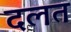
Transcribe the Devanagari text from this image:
दलत